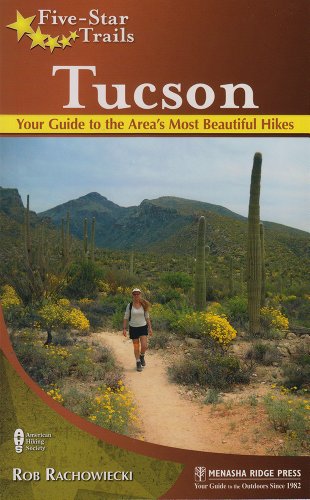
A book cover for Five-Star Trails: Tucson: Your Guide to the Area's Most Beautiful Hikes; Rob Rachowiecki; Health, Fitness & Dieting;